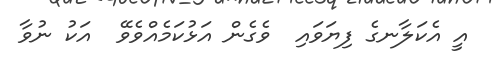
އީ އެކަލާނގެ ފިޔަވައި  ވެގެން އަޅުކަމެއްވެވޭ  އަކު ނުވާ